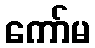
ကော်မ